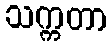
သက္ကတာ